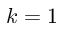
k = 1